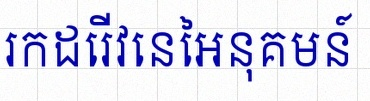
រកដេរីវេនៃអនុគមន៍